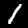
Digit: 1